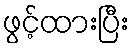
ဖွင့်ထားပြီး